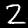
Digit: 2